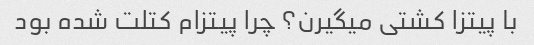
با پیتزا کشتی میگیرن؟ چرا پیتزام کتلت شده بود